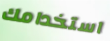
استخدامك